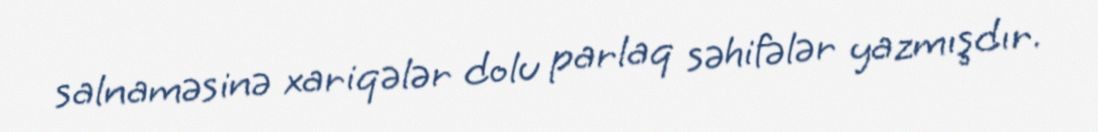
salnaməsinə xariqələr dolu parlaq səhifələr yazmışdır.